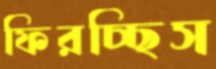
ফিরচ্ছিস